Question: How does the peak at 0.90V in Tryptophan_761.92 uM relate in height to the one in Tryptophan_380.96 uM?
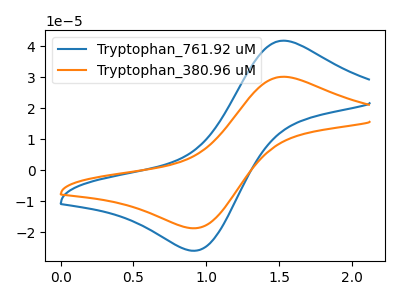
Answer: <think>The blue curve "Tryptophan_761.92 uM" has an anodic peak at (1.55V, 41.75uA) and a cathodic peak at (0.90V, -26.00uA). The orange curve "Tryptophan_380.96 uM" has an anodic peak at (1.55V, 30.10uA) and a cathodic peak at (0.90V, -18.75uA).</think>
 <answer>The peak at 0.90V is higher in "Tryptophan_761.92 uM" than in "Tryptophan_380.96 uM".</answer>
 <eval>higher</eval>